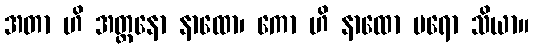
အတာ ဟိ အတ္တနော နာထော၊ ကော ဟိ နာထော ပရော သိယာ။